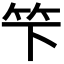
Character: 𥫫